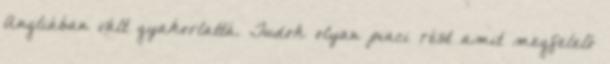
Angliában vált gyakorlattá. Tudok olyan piaci rést amit megfelelő